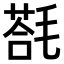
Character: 𣯈